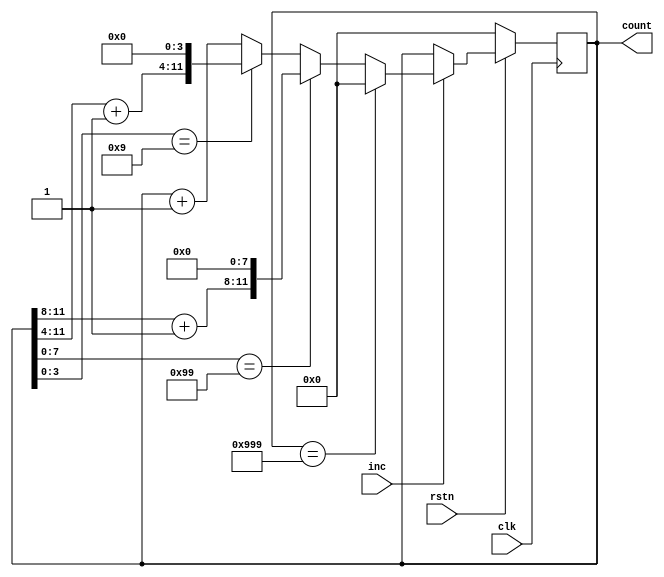
`timescale 1ns / 1ps
//////////////////////////////////////////////////////////////////////////////////
// Company: 
// Engineer: 
// 
// Design Name: 
// Module Name: counter
// Project Name: 
// Target Devices: 
// Tool Versions: 
// Description: 
// 
// Dependencies: 
// 
// Revision:
// Revision 0.01 - File Created
// Additional Comments:
// 
//////////////////////////////////////////////////////////////////////////////////


module counter(
        input clk,
        input inc,
        input rstn,

        output reg [11:0] count
    );


    always @ (posedge clk) begin
        if(!rstn) begin
            count <= 0;
        end
        else begin
            if(inc) begin
                if(count == 12'h999) begin
                    count <= 0;
                end
                else if(count[7:0] == 8'h99) begin
                    count <= {count[11:8] + 4'h1, 8'h00};
                end
                else if(count[3:0] == 4'h9) begin
                    count <= {count[11:4] + 8'h1, 4'h0};
                end
                else begin
                    count <= count + 1;
                end
            end
            else begin
                count <= count;
            end
        end
    end
    
endmodule